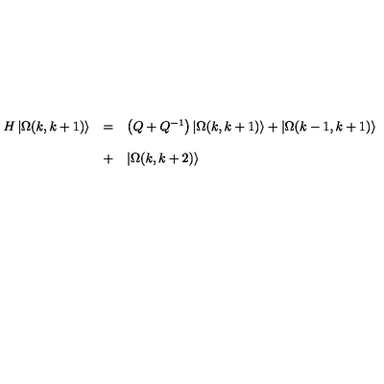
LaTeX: \begin{array} { l l l } { H \left| \Omega ( k , k + 1 ) \right\rangle } & { = } & { \left( Q + Q ^ { - 1 } \right) \left| \Omega ( k , k + 1 ) \right\rangle + \left| \Omega ( k - 1 , k + 1 ) \right\rangle } \\ { } & { } & { } \\ { } & { + } & { \left| \Omega ( k , k + 2 ) \right\rangle } \\ \end{array}